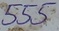
Text: 555